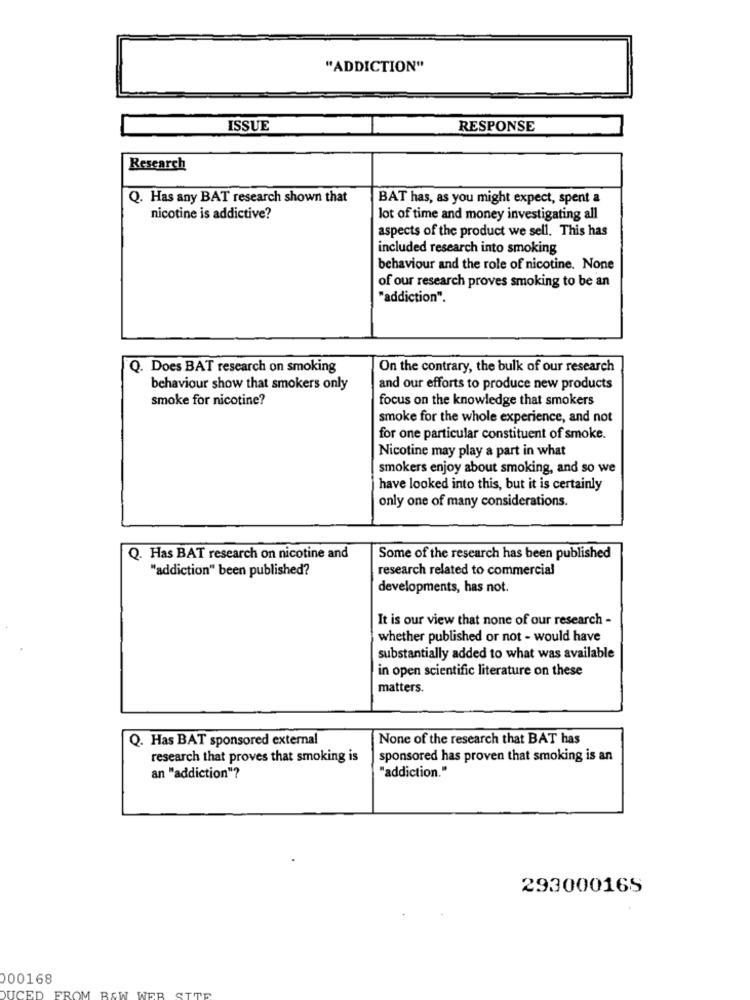
"ADDICTION"
ISSUE
RESPONSE
Research
Q. Has any BAT research shown that
BAT has, as you might expect, spent a
nicotine is addictive?
lot of time and money investigating all
aspects of the product we sell. This has
included research into smoking
behaviour and the role of nicotine. None
of our research proves smoking to be an
"addiction".
Q. Does BAT research on smoking
On the contrary, the bulk of our research
behaviour show that smokers only
and our efforts to produce new products
smoke for nicotine?
focus on the knowledge that smokers
smoke for the whole experience, and not
for one particular constituent of smoke.
Nicotine may play a part in what
smokers enjoy about smoking, and so we
have looked into this, but it is certainly
only one of many considerations.
. Has BAT research on nicotine and
Some of the research has been published
"addiction" been published?
research related to commercial
developments, has not.
It is our view that none of our research -
whether published or not - would have
substantially added to what was available
in open scientific literature on these
matters.
Q. Has BAT sponsored external
None of the research that BAT has
research that proves that smoking is
sponsored has proven that smoking is an
"addiction."
an "addiction"?
29300016S
000168
FROM BEW WEB
DUCED
SITE